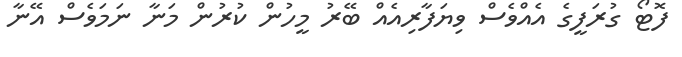
ފޮޓޯ ގުރަފީގެ އެއްވެސް ވިޔަފާރިއެއް ބޭރު މީހުން ކުރުން މަނާ ނަމަވެސް އޭނާ